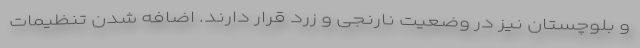
و بلوچستان نیز در وضعیت نارنجی و زرد قرار دارند. اضافه شدن تنظیمات